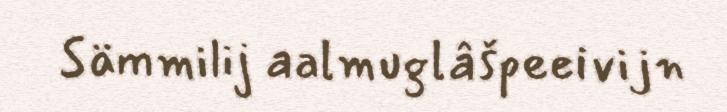
Sämmilij aalmuglâšpeeivijn